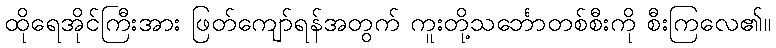
ထိုရေအိုင်ကြီးအား ဖြတ်ကျော်ရန်အတွက် ကူးတို့သင်္ဘောတစ်စီးကို စီးကြလေ၏။